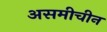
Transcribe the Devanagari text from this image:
असमीचीन